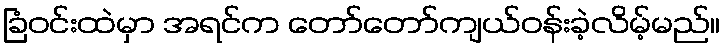
ခြံဝင်းထဲမှာ အရင်က တော်တော်ကျယ်ဝန်းခဲ့လိမ့်မည်။